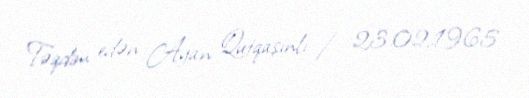
Təqdim edən: Ayan Qutqaşınlı / 23.02.1965